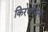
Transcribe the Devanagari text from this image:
किरणीयन